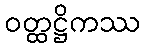
ဝတ္ထဋ္ဌိကဿ